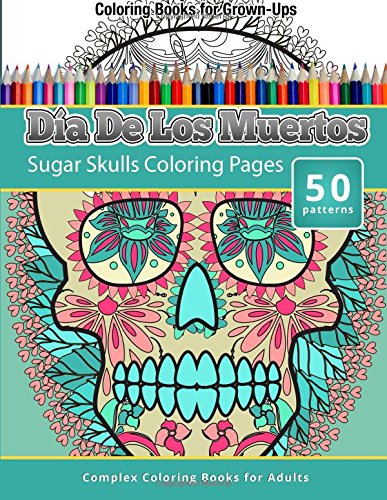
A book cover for Coloring Books For Grown-Ups: Dia De Los Muertos: Sugar Skulls Coloring Pages; Chiquita Publishing; Humor & Entertainment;